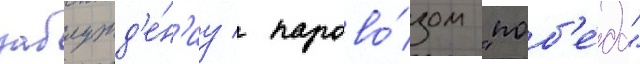
заблужд'е́н'иу / парово́зом "поб'е́да"